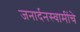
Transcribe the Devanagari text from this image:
जनार्दनस्वामींचे